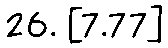
26. [7.77]